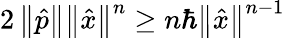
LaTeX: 2\left\| {\hat{p}}\right\| \left\| {\hat{x}}\right\| ^{n}\geq n\hbar\left\| {\hat{x}}\right\| ^{n-1}